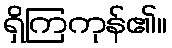
ရှိကြကုန်၏။